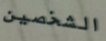
الشخصين